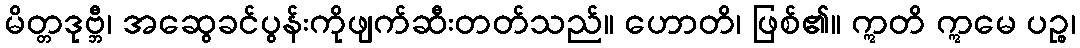
မိတ္တဒုဗ္ဘီ၊ အဆွေခင်ပွန်းကိုဖျက်ဆီးတတ်သည်။ ဟောတိ၊ ဖြစ်၏။ ဣတိ ဣမေ ပဉ္စ၊